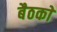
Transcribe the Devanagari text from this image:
बैठकाें